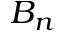
B _ { n }